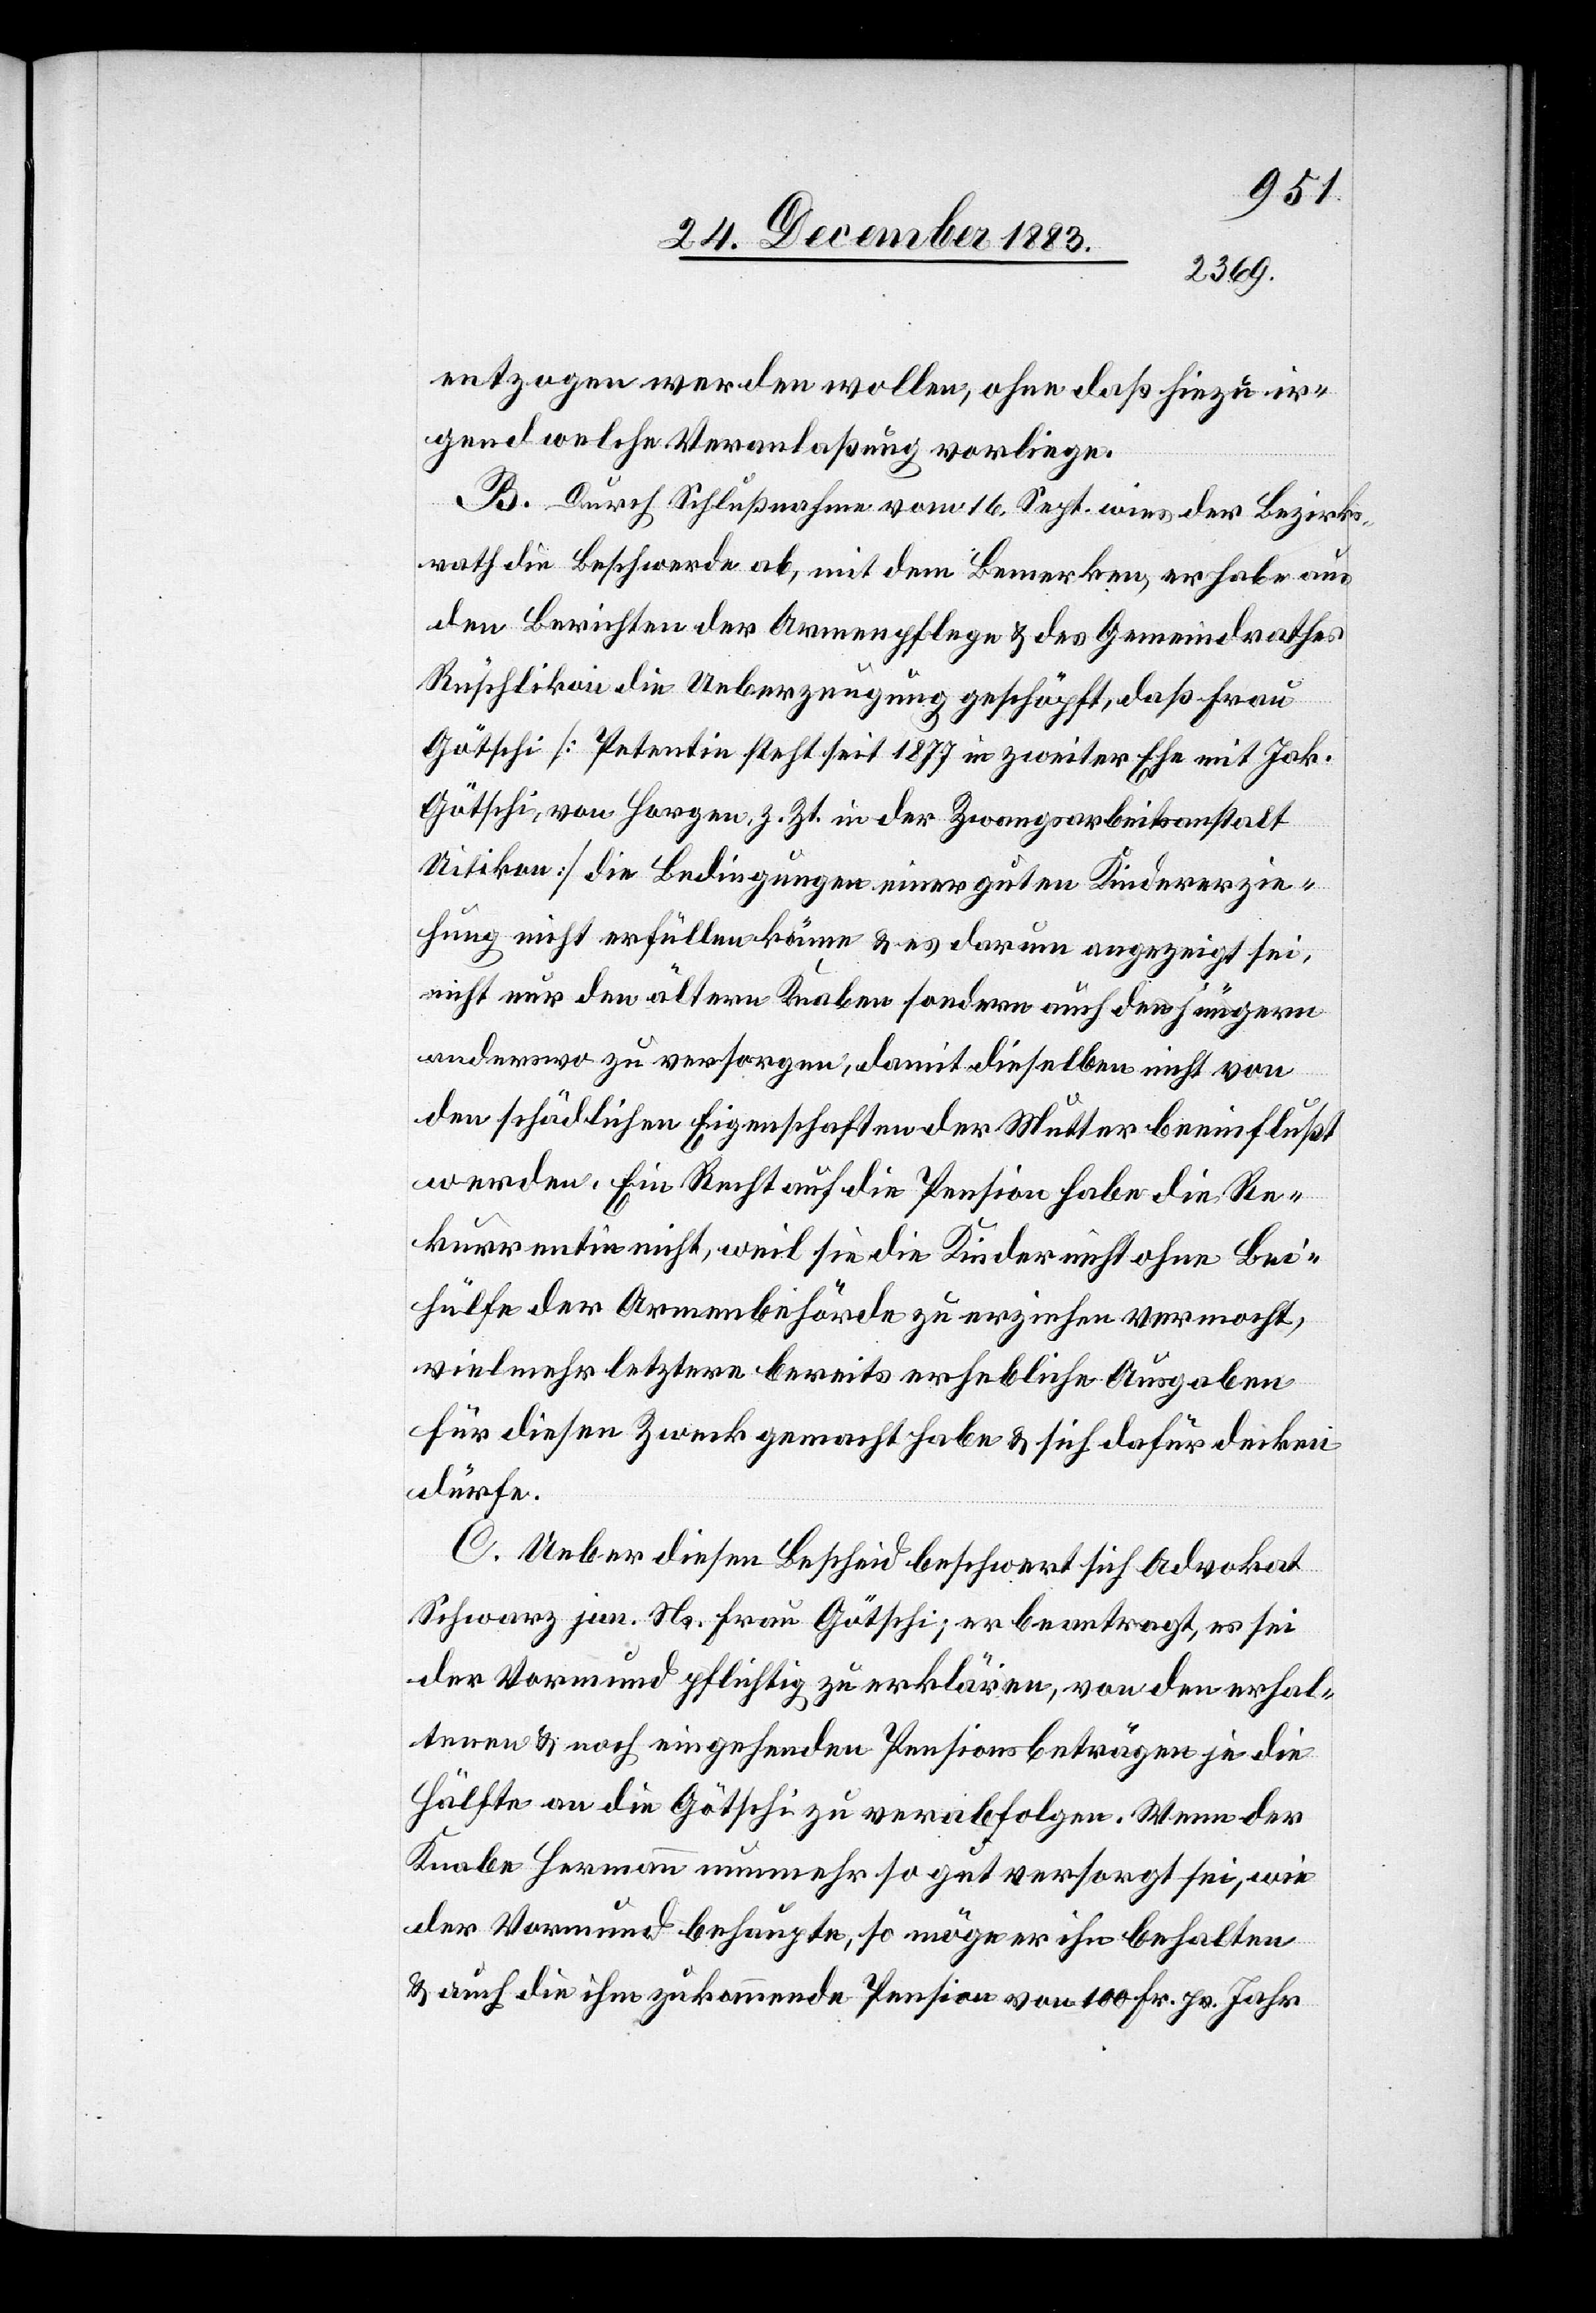
entzogen werden wollen, ohne daß hiezu ir¬
gend welche Veranlaßung vorliege.
B. Durch Schlußnahme vom 16. Sept. wies der Bezirks¬
rath die Beschwerde ab, mit dem Bemerken, er habe aus
den Berichten der Armenpflege & des Gemeindrathes
Rüschlikon die Ueberzeugung geschöpft, daß Frau
Götschi, [Petentin steht seit 1877 in zweiter Ehe mit Jak.
Götschi, von Horgen, z. Zt. in der Zwangsarbeitsanstalt
Uitikon] die Bedingungen einer guten Kindererzie¬
hung nicht erfüllen könne & es darum angezeigt sei,
nicht nur den ältern Knaben sondern auch den jüngern
anderswo zu versorgen, damit dieselben nicht von
den schädlichen Eigenschaften der Mutter beeinflußt
werden. Ein Recht auf die Pension habe die Re¬
kurrentin nicht, weil sie die Kinder nicht ohne Bei¬
hülfe der Armenbehörde zu erziehen vermocht,
vielmehr letztere bereits erhebliche Ausgaben
für diesen Zweck gemacht habe & sich dafür decken
dürfe.
C. Ueber diesen Bescheid beschwert sich Advokat
Schwarz jun. Ns. Frau Götschi; er beantragt, es sei
der Vormund pflichtig zu erklären, von den erhal¬
tenen & noch eingehenden Pensionsbeträgen je die
Hälfte an die Götschi zu verabfolgen. Wenn der
Knabe Hermann nunmehr so gut versorgt sei, wie
der Vormund behaupte, so möge er ihn behalten
& auch die ihm zukommende Pension von 100 Fr. pr. Jahr